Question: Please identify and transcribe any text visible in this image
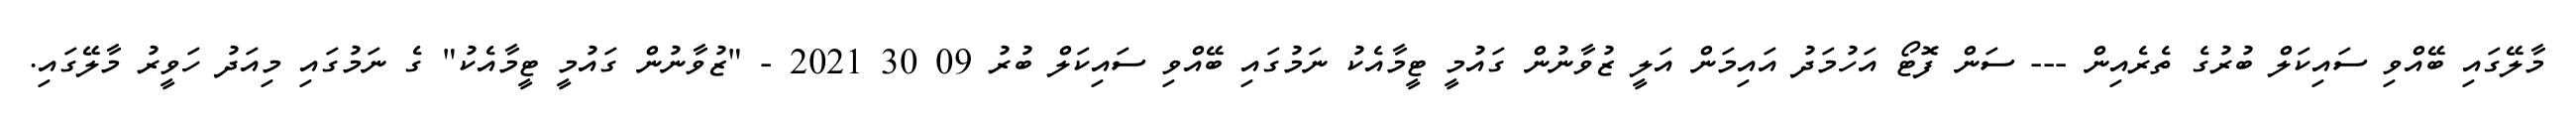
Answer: މާލޭގައި ބޭއްވި ސައިކަލް ބުރުގެ ތެރެއިން --- ސަން ފޮޓޯ އަހުމަދު އައިމަން އަލީ ޒުވާނުން ގައުމީ ޓީމާއެކު ނަމުގައި ބޭއްވި ސައިކަލް ބުރު 09 30 2021 - "ޒުވާނުން ގައުމީ ޓީމާއެކު" ގެ ނަމުގައި މިއަދު ހަވީރު މާލޭގައި.